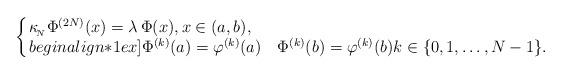
LaTeX: \begin{align*}\left\{\!\!\begin{array}{l}\kappa_{_{\!N}}\Phi^{(2N)}(x)=\lambda \,\Phi(x),x\in(a,b),\\begin{align*}1ex]\Phi^{(k)}(a)=\varphi^{(k)}(a)\quad\Phi^{(k)}(b)=\varphi^{(k)}(b) k\in\{0,1,\dots,N-1\}.\end{array}\right.\end{align*}